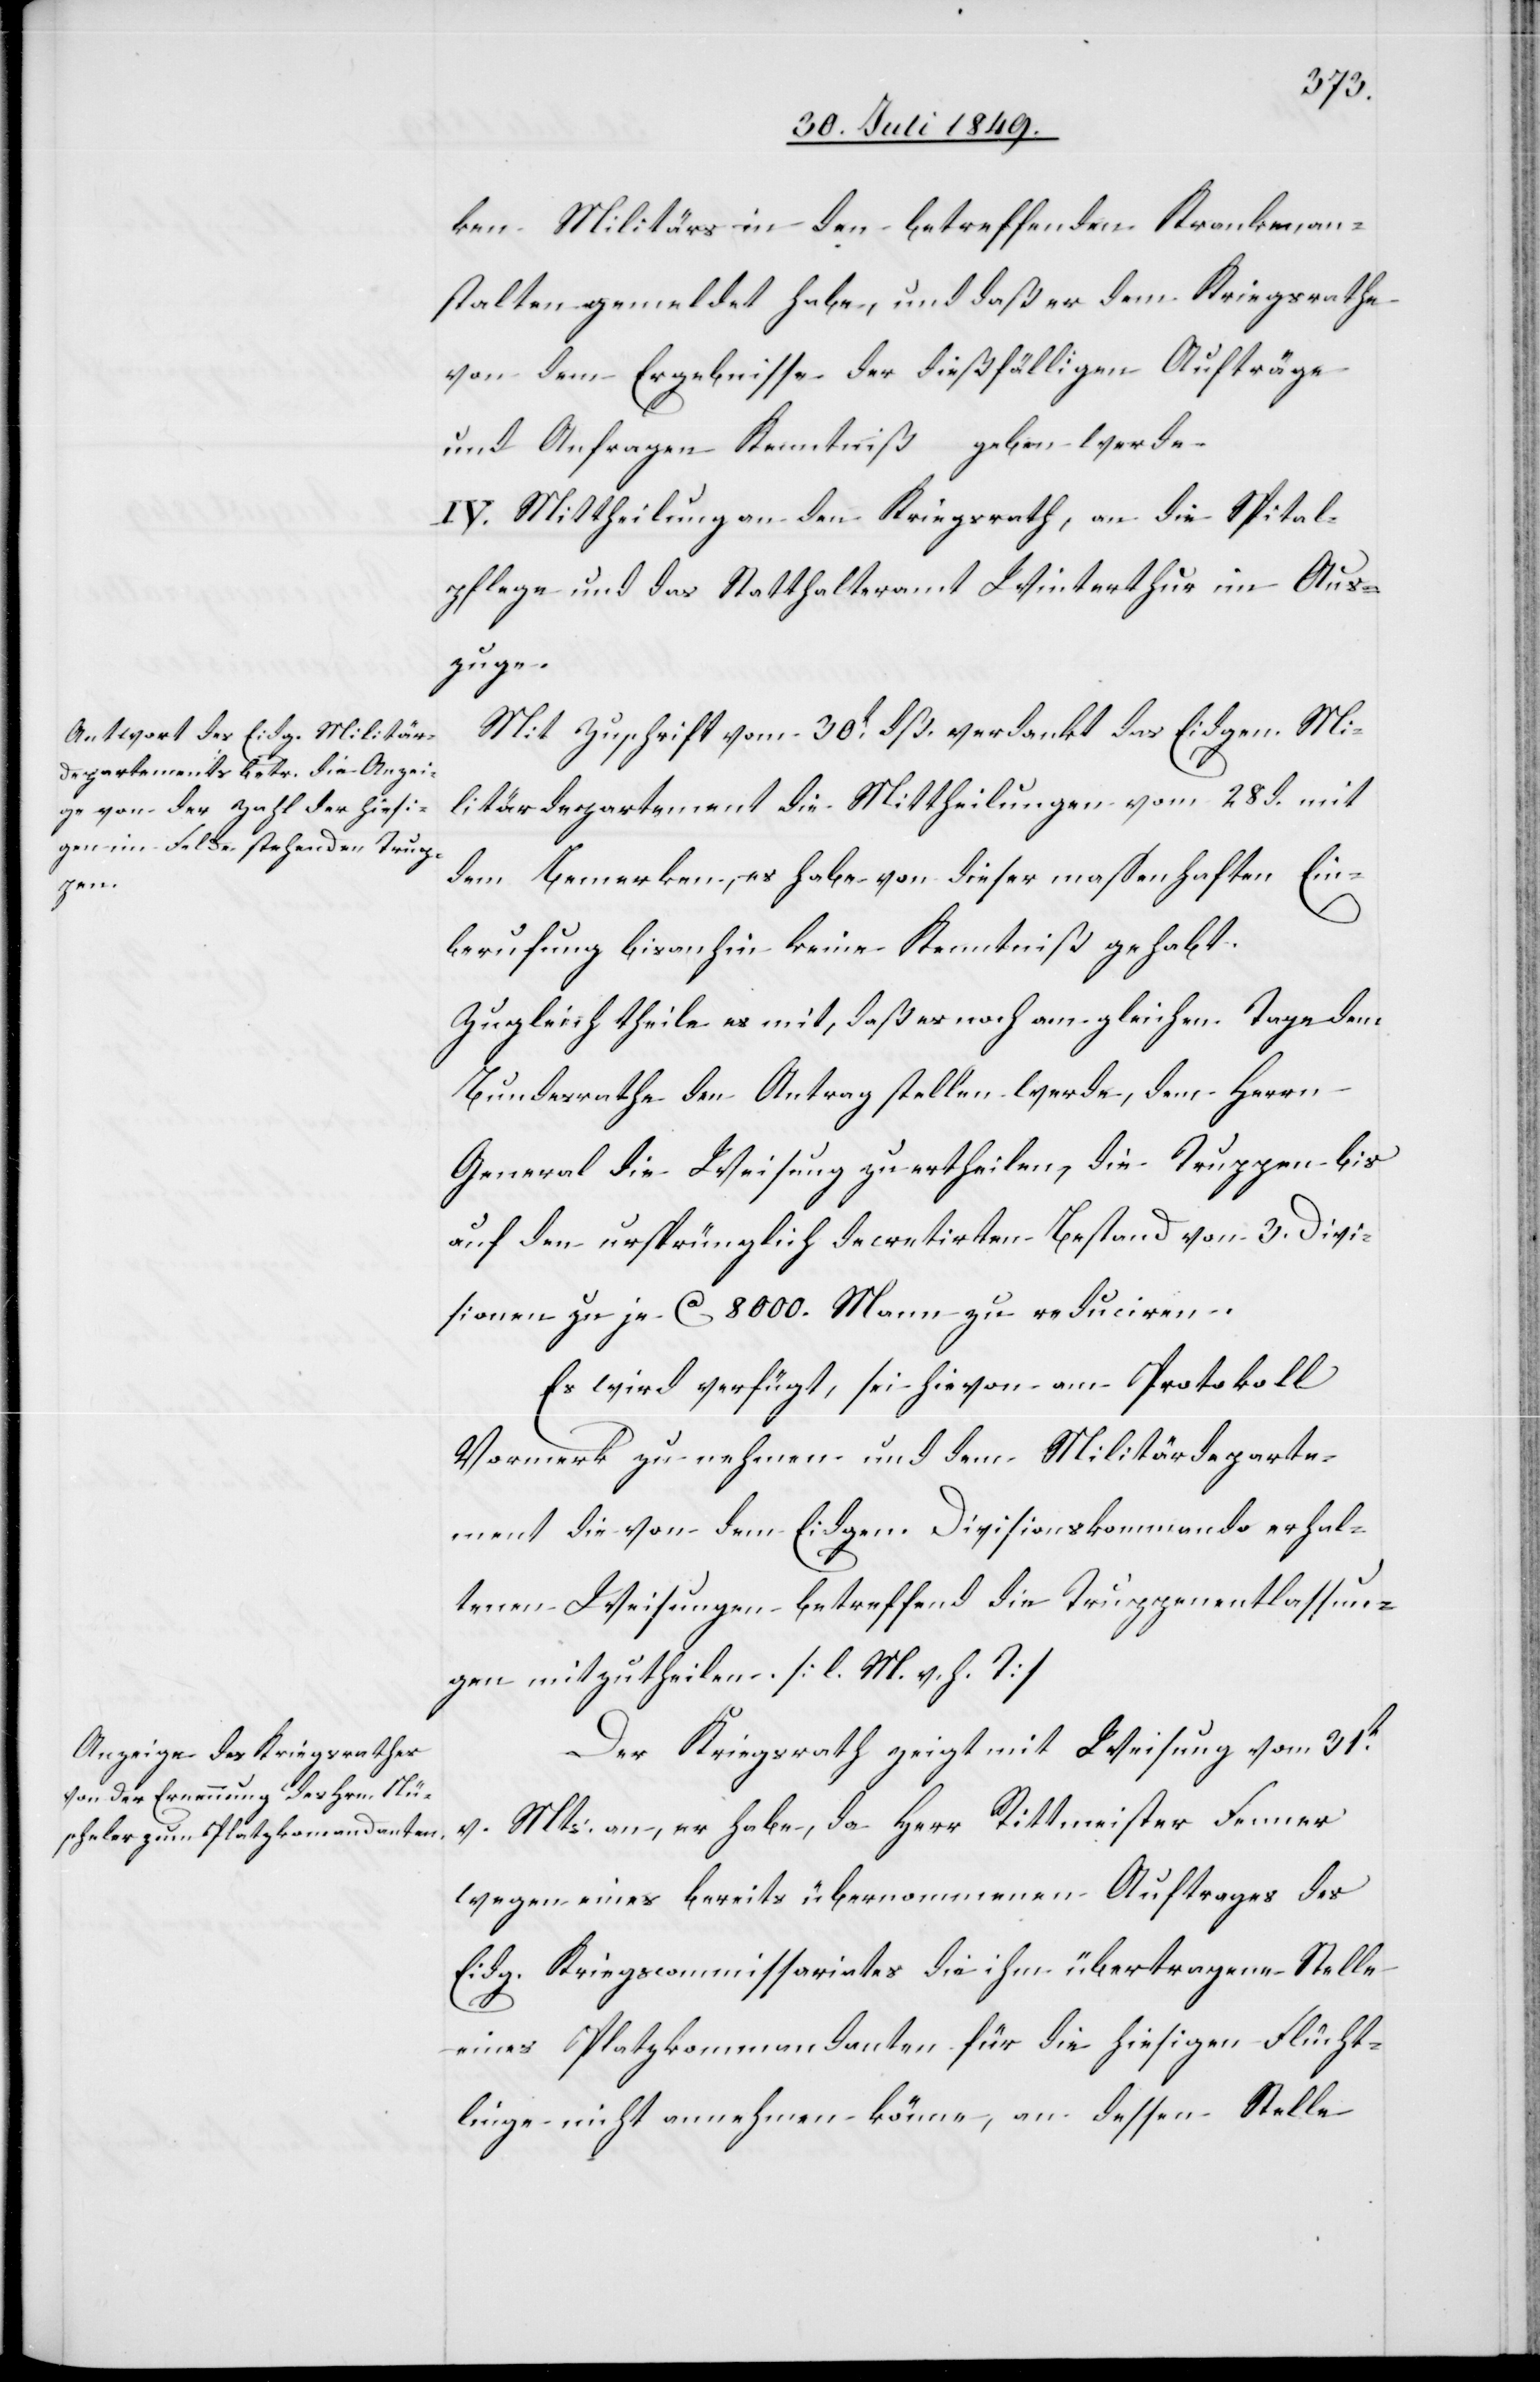
ken Militärs in den betreffenden Krankenan¬
stalten gemeldet habe, und daß er dem Kriegsrathe
von dem Ergebnisse der dießfälligen Aufträge
und Anfragen Kenntniß geben werde.
IV. Mittheilung an den Kriegsrath, an die Spital¬
pflege und das Statthalteramt Winterthur im Aus¬
zuge.
Mit Zuschrift vom 30t dß. verdankt das Eidgen. Mi¬
litärdepartement die Mittheilungen vom 28 d. mit
dem Bemerken, es habe von dieser massenhaften Ein¬
berufung bisanhin keine Kenntniß gehabt.
Zugleich theile es mit, daß es noch am gleiche Tage dem
Bundesrathe den Antrag stellen werde, dem Herrn
General die Weisung zu ertheilen, die Truppen bis
auf den ursprünglich decretirten Bestand von 3. Divi¬
sionen zu je ca 8000. Mann zu reduciren.
Es wird verfügt, sei hievon am Protokoll
Vormerk zu nehmen und dem Militärdeparte¬
ment die von dem Eidgen. Divisionskommando erhal¬
tenen Weisungen betreffend die Truppenentlassun¬
gen mitzutheilen. [l. M. v. h. T]
Der Kriegsrath zeigt mit Weisung vom 31t
v. Mts. an, er habe, da Herr Rittmeister Fenner
wegen eines bereits übernommenen Auftrages des
Eidg. Kriegscommissariates die ihm übertragene Stelle
eines Platzkommandanten für die hiesigen Flücht¬
linge nicht annehmen könne, an dessen Stelle